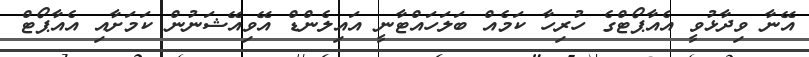
އޭނާ ވިދާޅުވީ އެއާޕޯޓްގެ ހުރިހާ ކަމެއް ބަލަހައްޓާނީ އައިލެންޑް އޭވިއޭޝަނުން ކަމަށާއި އެއާޕޯޓް